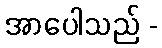
အာပေါသည် -